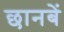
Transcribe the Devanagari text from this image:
छानबें